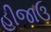
હીજાઉ